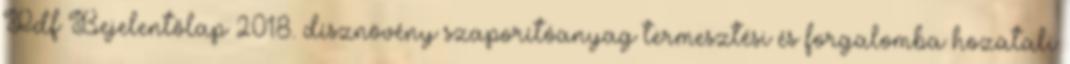
Pdf Bejelentőlap 2018. dísznövény szaporítóanyag termesztési és forgalomba hozatali